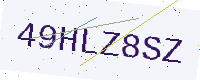
Text: 49HLZ8SZ